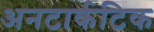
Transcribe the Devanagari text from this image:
अनटार्कटिक